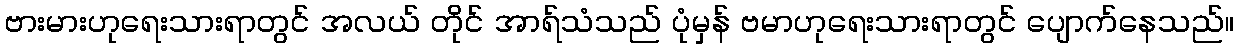
ဗားမားဟုရေးသားရာတွင် အလယ် တိုင် အာရ်သံသည် ပုံမှန် ဗမာဟုရေးသားရာတွင် ပျောက်နေသည်။